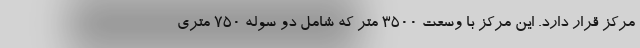
مرکز قرار دارد. این مرکز با وسعت ۳۵۰۰ متر که شامل دو سوله ۷۵۰ متری